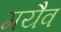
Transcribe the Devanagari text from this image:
मयैव